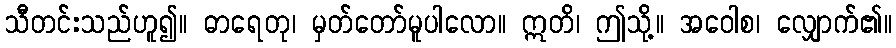
သီတင်းသည်ဟူ၍။ ဓာရေတု၊ မှတ်တော်မူပါလော။ ဣတိ၊ ဤသို့။ အဝေါစ၊ လျှောက်၏။